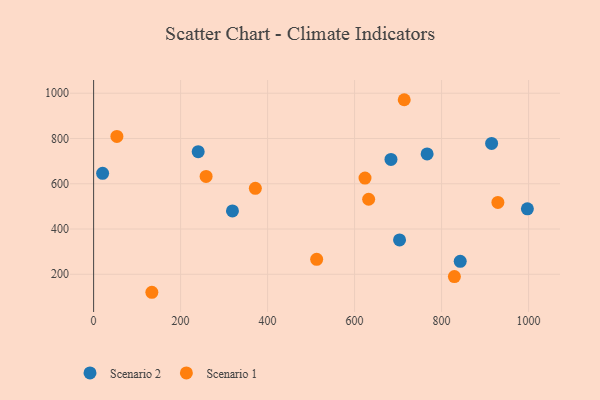
{"axis": {"x": "Price", "y": "Salary"}, "legend": ["Scenario 1", "Scenario 2"], "data": [{"x": "842.8", "y": 257.1, "type": "Scenario 2"}, {"x": "766.7", "y": 731.9, "type": "Scenario 2"}, {"x": "240.4", "y": 741.8, "type": "Scenario 2"}, {"x": "20.7", "y": 646.2, "type": "Scenario 2"}, {"x": "683.6", "y": 707.3, "type": "Scenario 2"}, {"x": "915.0", "y": 778.1, "type": "Scenario 2"}, {"x": "703.3", "y": 351.9, "type": "Scenario 2"}, {"x": "997.2", "y": 489.4, "type": "Scenario 2"}, {"x": "319.2", "y": 480.0, "type": "Scenario 2"}, {"x": "929.4", "y": 517.7, "type": "Scenario 1"}, {"x": "53.5", "y": 809.1, "type": "Scenario 1"}, {"x": "133.9", "y": 120.5, "type": "Scenario 1"}, {"x": "371.8", "y": 579.6, "type": "Scenario 1"}, {"x": "512.8", "y": 266.1, "type": "Scenario 1"}, {"x": "714.1", "y": 971.3, "type": "Scenario 1"}, {"x": "829.4", "y": 189.8, "type": "Scenario 1"}, {"x": "632.3", "y": 531.5, "type": "Scenario 1"}, {"x": "623.9", "y": 625.3, "type": "Scenario 1"}, {"x": "258.6", "y": 632.6, "type": "Scenario 1"}]}